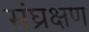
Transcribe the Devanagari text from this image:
संघ्रक्षण